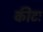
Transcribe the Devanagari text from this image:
कीटः